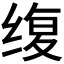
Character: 𫄭